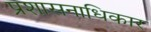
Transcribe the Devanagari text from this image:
प्रशासनाधिकार